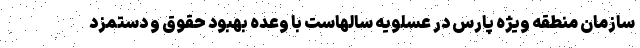
سازمان منطقه ویژه پارس در عسلویه سالهاست با وعده بهبود حقوق و دستمزد